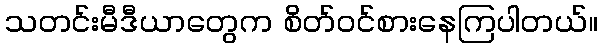
သတင်းမီဒီယာတွေက စိတ်ဝင်စားနေကြပါတယ်။